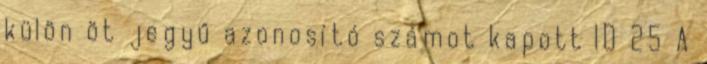
külön öt jegyű azonosító számot kapott ID 25 A